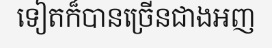
ទៀតក៏បានច្រើនជាងអញ